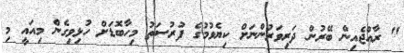
" ރާއްޖެއިން ބޭރުން ދަރިވަރުންނަށް ކިޔެވުމުގެ ފުރުސަތު މިހާބޮޑަށް ހުޅިވިގެން މިއައީ މި